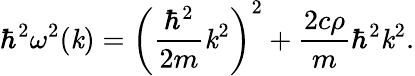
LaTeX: \hbar^{2}\omega^{2}(\mathit{k})=\left(\displaystyle\frac{{\hbar^{2}}}{{2m}}\mathit{k}^{2}\right)^{2}+\frac{{2c\rho}}{{m}}\hbar^{2}\mathit{k}^{2}.